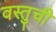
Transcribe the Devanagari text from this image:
वस्तुची